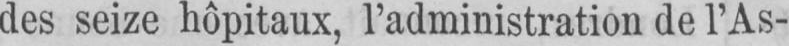
des seize hôpitaux, l’administration de l’As-